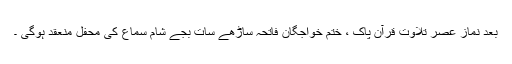
بعد نماز عصر تلاوت قرآن پاک ، ختم خواجگان فاتحہ ساڑھے سات بجے شام سماع کی محفل منعقد ہوگی ۔